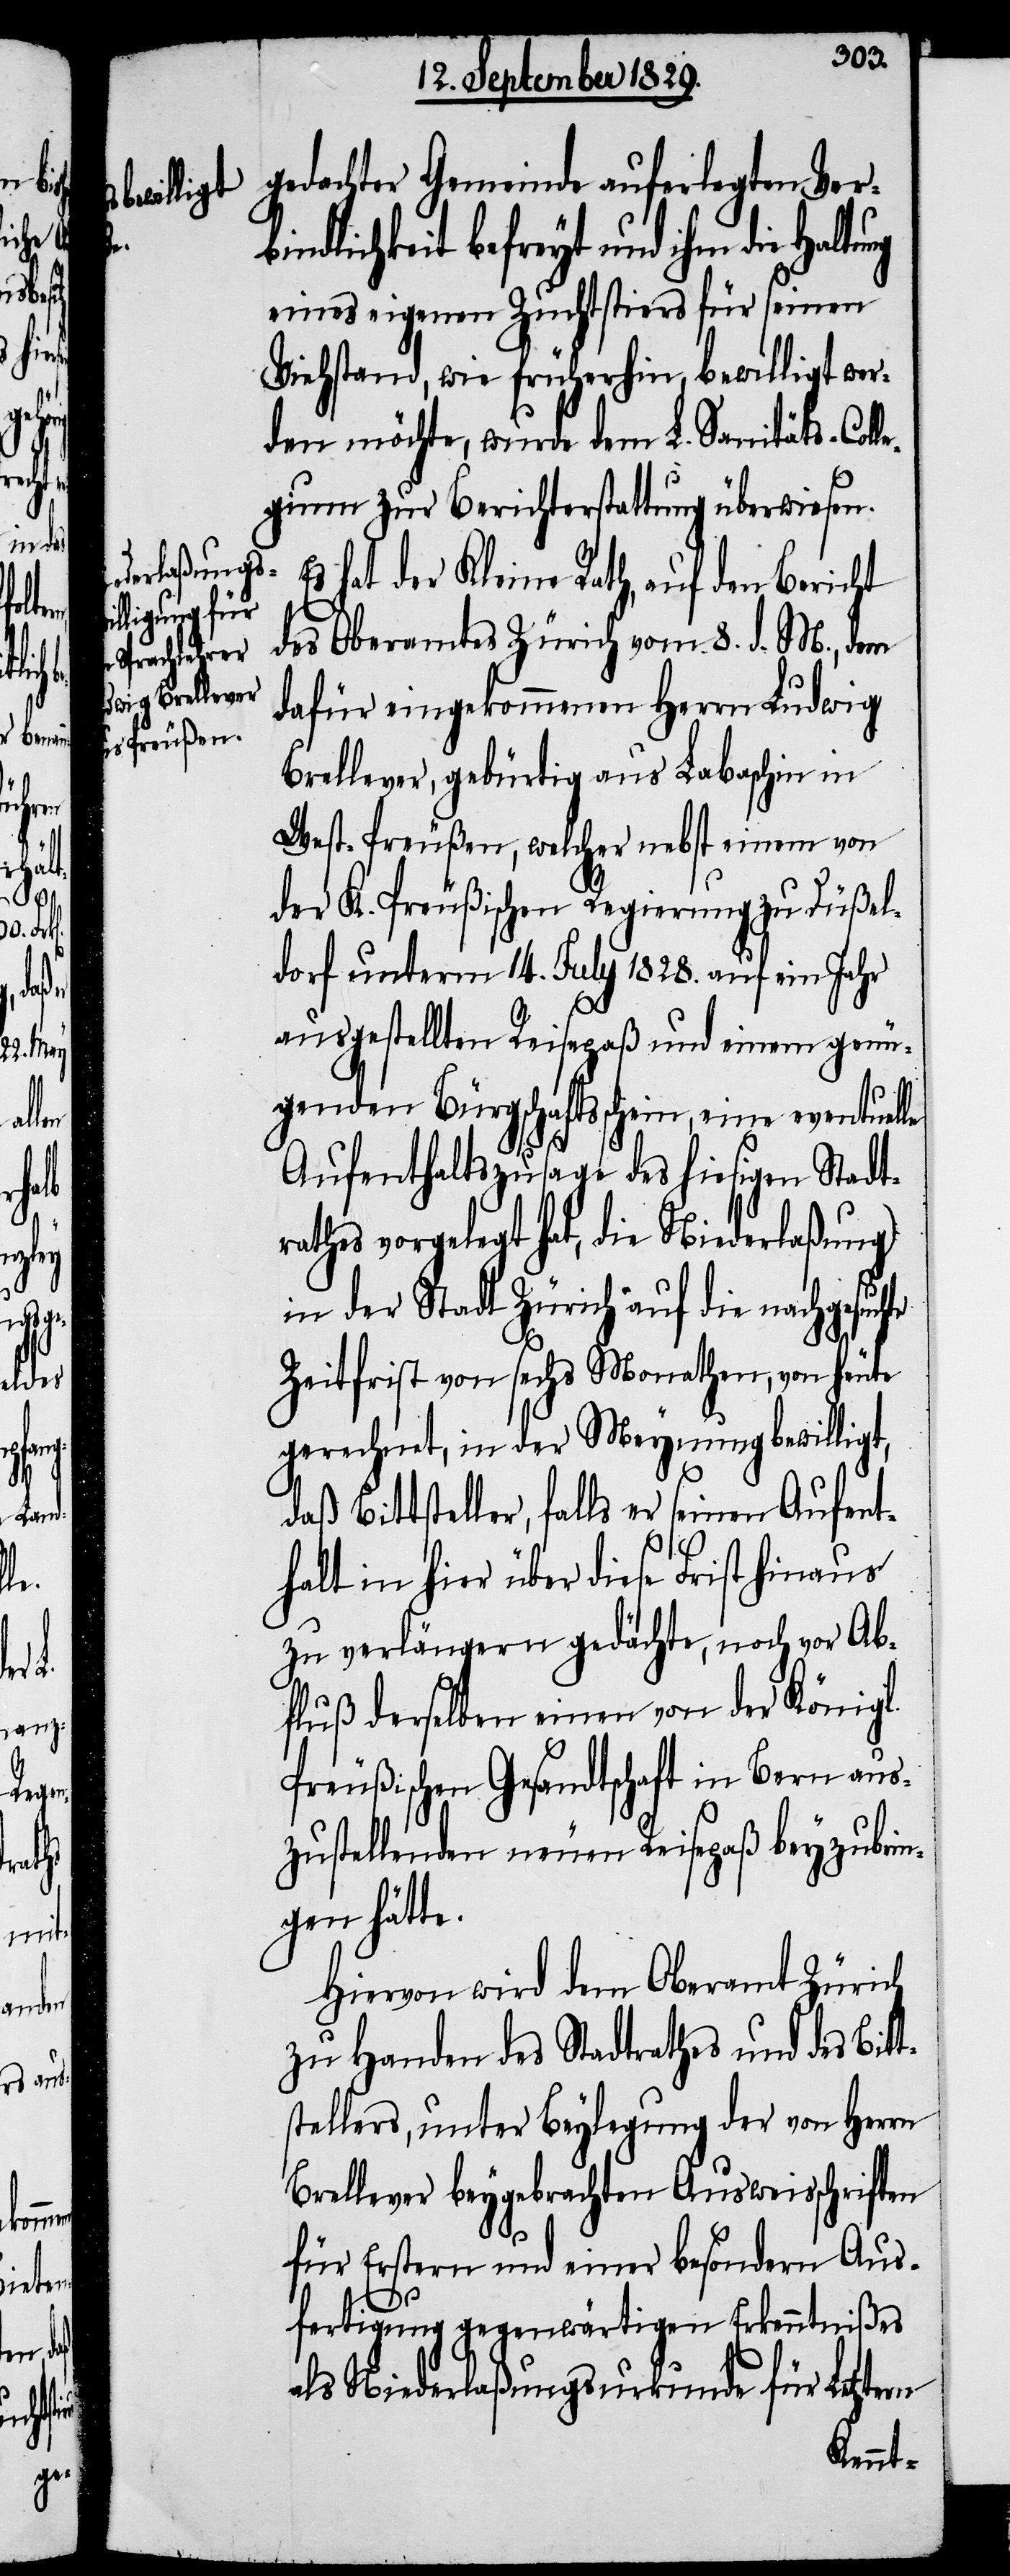
tern
uchte

le

gedachter Gemeinde auferlegten Verb¬
indlichkeit befreyt und ihm die
eines eigenen Zuchtstiers für seinen
Viehstand, wie früherhin, bewilligt wer¬
den möchte, wurde dem L. Sanitäts-Coll¬
egium zur Berichterstattung überwiesen.
Es hat der Kleine Rath, auf den Bericht
des Oberamtes Zürich vom 8. d. M., dem
dafür eingekommenen Herrn Ludwig
Brellever, gebürtig aus Labaschin in
West-Preußen, welcher nebst einem von
der K. Preußischen Regierung zu Düßel¬
dorf unterm 14. July 1828. auf ein Jahr
ausgestellten Reisepaß und einem genü¬
genden Bürgschaftsschein, eine eventuel¬
Aufenthaltszusage des hiesigen Stadt¬
rathes vorgelegt hat, die Niederlaßung
in der Stadt Zürich auf die nachges¬
Zeitfrist von sechs Monathen, von heute
gerechnet, in der Meynung bewilligt,
daß Bittsteller, falls er seinen Aufent¬
halt in hier über diese Frist hinaus
zu verlängern gedächte, noch vor Ab¬
fluß derselben einen von der Königl.
Preußischen Gesandtschaft in Bern aus¬
zustellenden neuen Reisepaß beyzubrin¬
gen hätte.
Hiervon wird dem Oberamt Zürich
zu Handen des Stadtrathes und des Bit¬
tstellers, unter Beylegung der von Herrn
Breveller beygebrachten Ausweisschriften
für Erstern und einer besondern Aus¬
fertigung gegenwärtigen Erkenntnißes
als Niederlaßungsurkunde für Letz¬